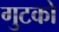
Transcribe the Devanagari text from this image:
गुटको